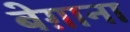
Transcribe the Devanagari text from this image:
बेग़ाना